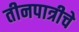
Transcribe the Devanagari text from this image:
तीनपात्रीचे